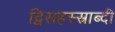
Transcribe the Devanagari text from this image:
द्विसहस्स्राब्दी